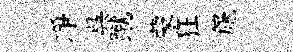
凈呉蹴蒙狂篪